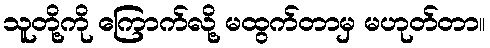
သူတို့ကို ကြောက်လို့ မထွက်တာမှ မဟုတ်တာ။